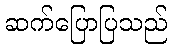
ဆက်ပြောပြသည်